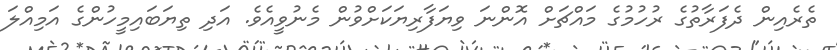
ތެރެއިން ދެފަރާތުގެ ރުހުމުގެ މައްޗަށް އޮންނަ ވިޔަފާރިޔަކަށްވުން މެނުވީއެވެ. އަދި ތިޔަބައިމީހުންގެ އަމިއްލަ